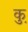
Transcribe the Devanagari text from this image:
कु़